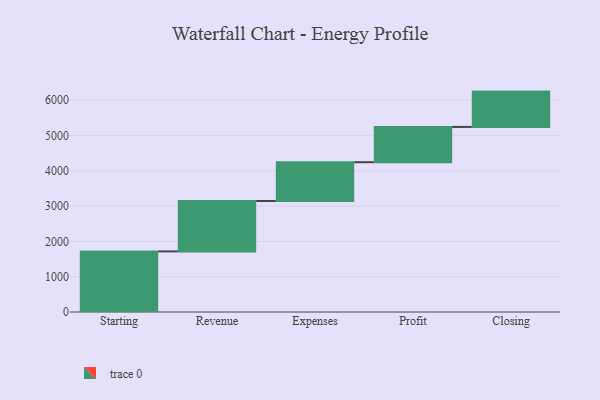
{"axis": {"x": "Step", "y": "Value"}, "legend": [""], "data": [{"x": "Starting", "y": 1716.0, "type": ""}, {"x": "Revenue", "y": 1428.0, "type": ""}, {"x": "Expenses", "y": 1098.0, "type": ""}, {"x": "Profit", "y": 1000, "type": ""}, {"x": "Closing", "y": 1000, "type": ""}]}